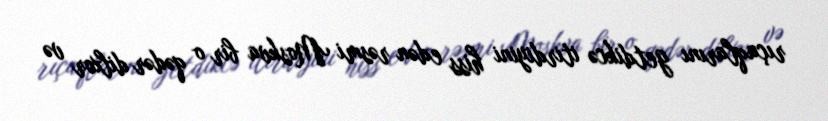
rıçaqlarını getdikcə itirdiyini hiss edən rəsmi Moskva bir o qədər dilxor və